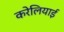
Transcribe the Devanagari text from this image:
करेलियाई